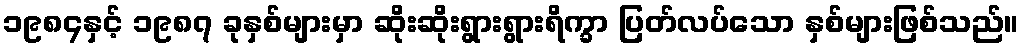
၁၉၈၄နှင့် ၁၉၈၇ ခုနှစ်များမှာ ဆိုးဆိုးရွားရွားရိက္ခာ ပြတ်လပ်သော နှစ်များဖြစ်သည်။